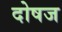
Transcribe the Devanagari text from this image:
दोषज